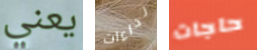
يعني نداءات حاجات